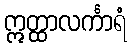
ဣတ္ထာလင်္ကာရံ